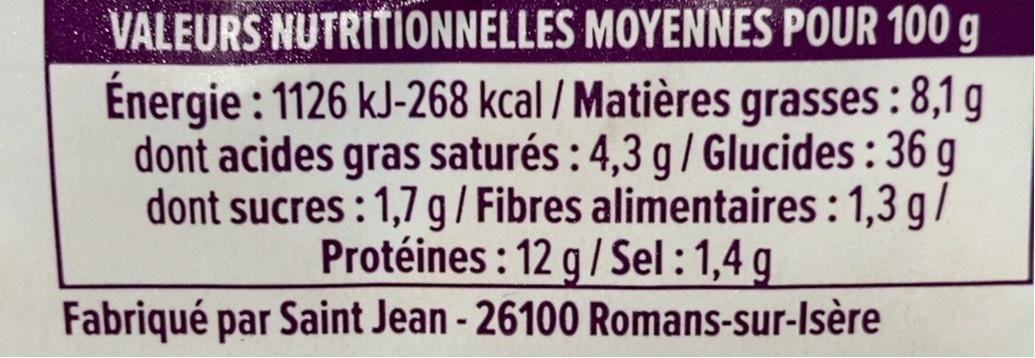
VALEURS NUTRITIONNELLES MOYENNES POUR 100 g Énergie : 1126 kJ-268 kcal / Matières grasses : 8,1 g dont acides gras saturés : 4,3 g / Glucides : 36 g dont sucres : 1,7 g/ Fibres alimentaires :1,3 g/ Protéines : 12 g/ Sel :1,4 g Fabriqué par Saint Jean - 26100 Romans-sur-Isère